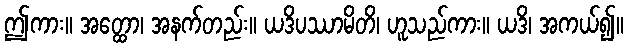
ဤကား။ အတ္ထော၊ အနက်တည်း။ ယဒိပဿာမိတိ၊ ဟူသည်ကား။ ယဒိ၊ အကယ်၍။